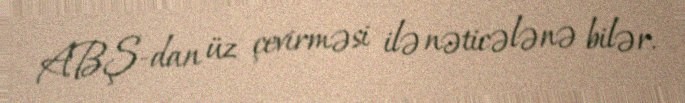
ABŞ-dan üz çevirməsi ilə nəticələnə bilər.